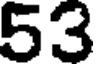
53